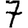
Digit: 7